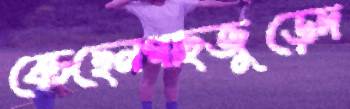
বেচছেনগাছজুড়েদ